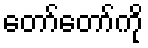
တော်တော်ကို